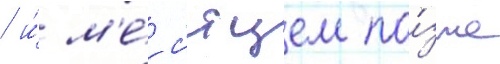
/ и́ м'е́с'яцем по́зже